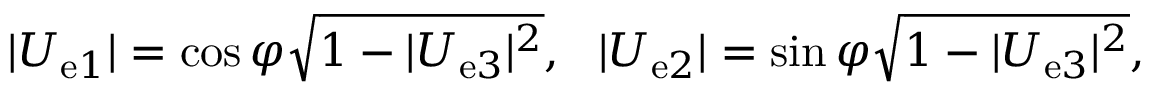
| U _ { \mathrm { e } 1 } | = \cos \varphi \sqrt { 1 - | U _ { \mathrm { e } 3 } | ^ { 2 } } , ~ ~ | U _ { \mathrm { e } 2 } | = \sin \varphi \sqrt { 1 - | U _ { \mathrm { e } 3 } | ^ { 2 } } ,